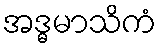
အဒ္ဓမာသိကံ